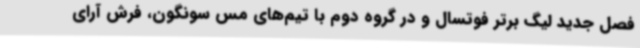
فصل جدید لیگ برتر فوتسال و در گروه دوم با تیم‌های مس سونگون، فرش آرای